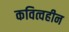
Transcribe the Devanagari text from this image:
कवित्वहीन